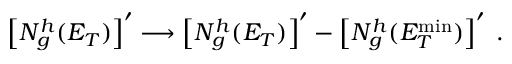
\left[ N _ { g } ^ { h } ( E _ { T } ) \right] ^ { \prime } \longrightarrow \left[ N _ { g } ^ { h } ( E _ { T } ) \right] ^ { \prime } - \left[ N _ { g } ^ { h } ( E _ { T } ^ { \mathrm { m i n } } ) \right] ^ { \prime } \; .